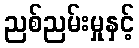
ညစ်ညမ်းမှုနှင့်